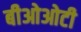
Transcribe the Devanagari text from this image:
बीओओटी